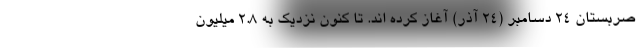
صربستان ۲۴ دسامبر (۲۴ آذر) آغاز کرده اند. تا کنون نزدیک به ۲.۸ میلیون